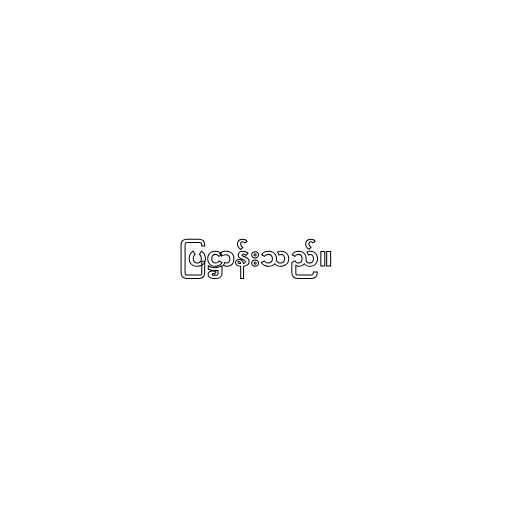
ပြဋ္ဌာန်းသည်။